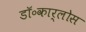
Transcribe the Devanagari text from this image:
डॉ॰कार्लोस